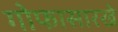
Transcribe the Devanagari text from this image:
गोफासारखे